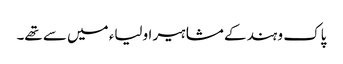
پاک و ہند کے مشاہیر اولیاء میں سے تھے۔